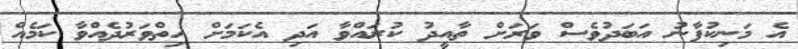
އެ މަނިކުފާނު އަބަދުވެސް ވަރަށް ތާއީދު ކުރައްވާ އަދި އެކަމަށް ހިތްވަރުދެއްވާ ކަމެއް